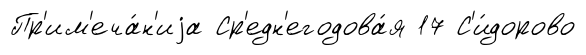
Пр'им'еча́н'иjа Ср'едн'егодова́я 17 С'и́дорово